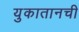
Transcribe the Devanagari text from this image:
युकातानची